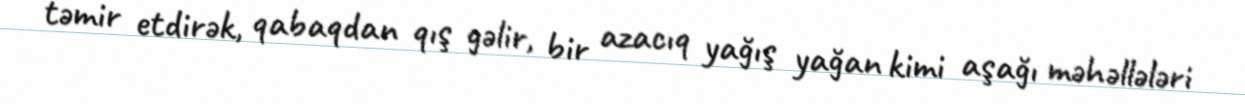
təmir etdirək, qabaqdan qış gəlir, bir azacıq yağış yağan kimi aşağı məhəllələri